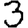
Digit: 3